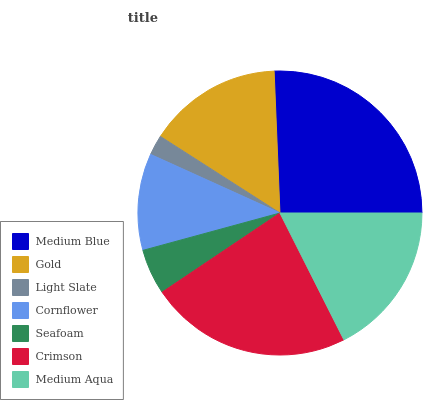
| Medium Blue | Gold | Light Slate | Cornflower | Seafoam | Crimson | Medium Aqua |
 | --- | --- | --- | --- | --- | --- | --- |
 | 25.6% | 15.3% | 2.29% | 11% | 5.19% | 23.1% | 17.5% |